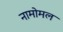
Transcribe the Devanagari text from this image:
नामोमल